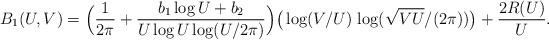
LaTeX: \begin{align*} B_1(U,V) = \Big(\frac{1}{2 \pi} + \frac{b_1 \log U + b_2}{U \log U \log(U/2 \pi)} \Big) \big( \log (V/U)\, \log (\sqrt{V U}/(2\pi)) \big) + \frac{2R(U)}{U}.\end{align*}